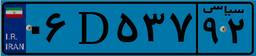
۰۶D۵۳۷۹۲